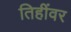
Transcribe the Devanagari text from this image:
तिहींवर